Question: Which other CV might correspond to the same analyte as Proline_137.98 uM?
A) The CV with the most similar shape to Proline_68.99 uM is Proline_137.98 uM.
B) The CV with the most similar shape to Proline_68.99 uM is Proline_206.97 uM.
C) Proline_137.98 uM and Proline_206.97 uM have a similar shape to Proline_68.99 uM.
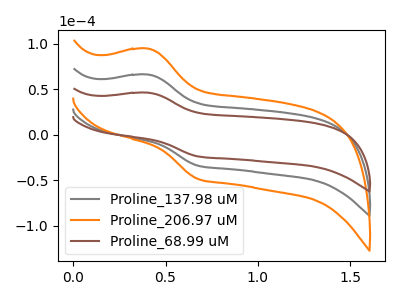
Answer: <think>The gray curve "Proline_137.98 uM" has an anodic peak at (0.40V, 66.20uA) and a cathodic peak at (0.70V, -33.80uA). The orange curve "Proline_206.97 uM" has an anodic peak at (0.40V, 132.40uA) and a cathodic peak at (0.70V, -67.60uA). The brown curve "Proline_68.99 uM" has an anodic peak at (0.40V, 46.30uA) and a cathodic peak at (0.70V, -23.65uA).
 All the peaks in "Proline_137.98 uM" have a peak in "Proline_206.97 uM" at the same potential. Every peak in "Proline_137.98 uM" is lower than every peak in "Proline_206.97 uM". All the peaks in "Proline_137.98 uM" have a peak in "Proline_68.99 uM" at the same potential. Every peak in "Proline_137.98 uM" is higher than every peak in "Proline_68.99 uM". All the peaks in "Proline_206.97 uM" have a peak in "Proline_68.99 uM" at the same potential. Every peak in "Proline_206.97 uM" is higher than every peak in "Proline_68.99 uM".</think>
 <answer>C) "Proline_137.98 uM" and "Proline_206.97 uM" have a similar shape to "Proline_68.99 uM".</answer>
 <eval>C</eval>